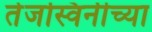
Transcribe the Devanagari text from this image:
तेजस्विनीच्या